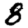
Digit: 8